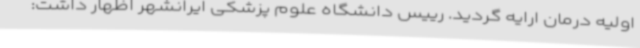
اولیه درمان ارایه گردید. رییس دانشگاه علوم پزشکی ایرانشهر اظهار داشت: